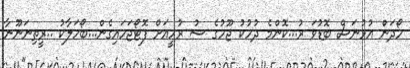
ހޯދަން އުޅުނަސް ބޮޑުވަ ރު...ކޮންމެ ދުހުކު ޖޫހުގެ ސު ރުހީއަށް ފޮޓޯޖަހައިގެން...ބޯހަލާކު ..ރީތިނަނޫނާ